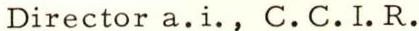
Director a.i., C.C.I.R.